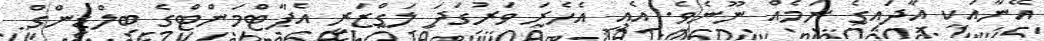
އޭނާއަކީ އާދައިގެ ނަމެއް ނޫނެވެ. އެއީ އެހެރަ ވަރުގަދަ ލަގްޒަރީ އެޕާޓްމަންޓްގެ ބިލްޑިންގް